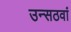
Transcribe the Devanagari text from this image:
उन्सठवां